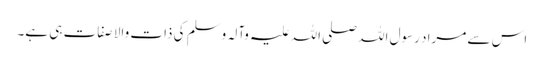
اس سے مراد رسول اللہ صلی اللہ علیہ وآلہ وسلم کی ذات والا صفات ہی ہے۔